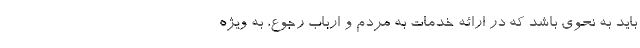
باید به نحوی باشد که در ارائه خدمات به مردم و ارباب رجوع، به ویژه